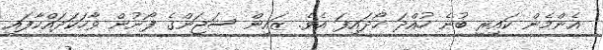
އެންމެން ކައިރީ ބުނެ ހުއްދަ ހޯދައިފަ އެވެ. ޒައިން ސަޖަންގެ ފޯނުން ވާހަކަދައްކާފައި